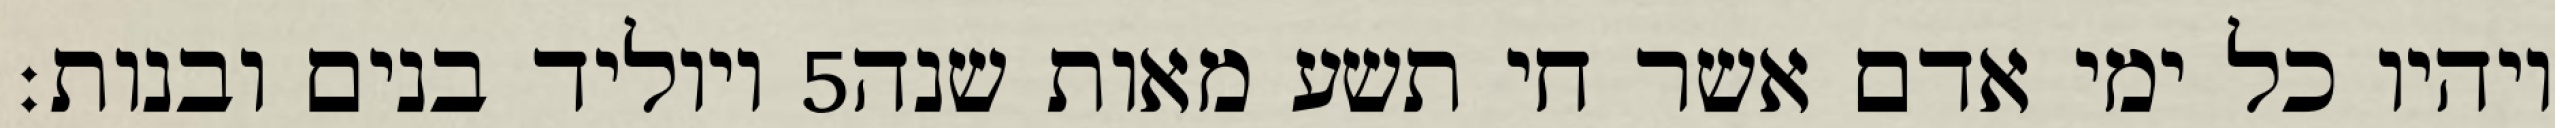
ויוליד בנים ובנות׃ ‎5‏ ויהיו כל ימי אדם אשר חי תשע מאות שנה